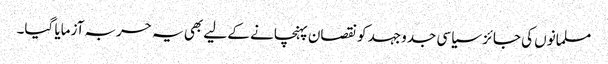
مسلمانوں کی جائز سیاسی جدوجہد کو نقصان پہنچانے کے لیے بھی یہ حربہ آزمایا گیا۔